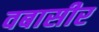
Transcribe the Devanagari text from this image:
वबासीर